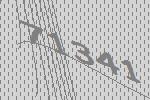
71341